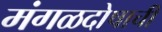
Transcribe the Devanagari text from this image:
मंगळदोषाची